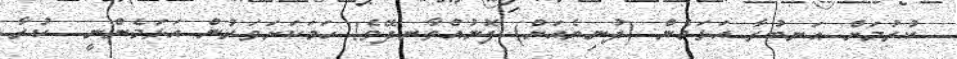
ކުރުމަށް އަނބުރާ އަޅަމެން (ދުނިޔެއަށް) ފޮނުއްވާނދޭވެ! ހަމަކަށަވަރުން އަޅަމެންނީ  ކުރާ